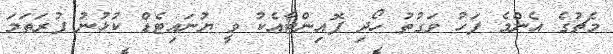
މެޗުގެ އެންމެ ފަހު ވަގުތު ހޯދި ޕޮއިންޓާއެކު ވީ ޔުނައިޓެޑް ކުޅުނު ފުރަތަމަ